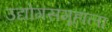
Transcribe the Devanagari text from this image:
उद्योगसमूहाला